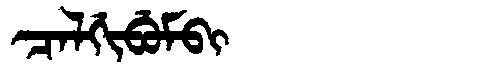
Manchu: ᠴᠠᠯᡤᡳᠪᡠᠮᠪᡳ
Romanization: CALGIBUMBI